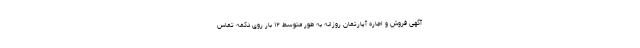
آگهی فروش و اجاره آپارتمان روزانه به طور متوسط ۱۲ بار روی دکمه تماس